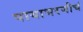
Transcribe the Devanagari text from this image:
पायाभरणीचं